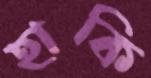
হাকি